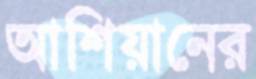
আশিয়ানের